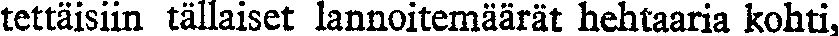
tettäisiin tällaiset lannoitemäärät hehtaaria kohti,